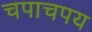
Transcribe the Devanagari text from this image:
चपाचपय